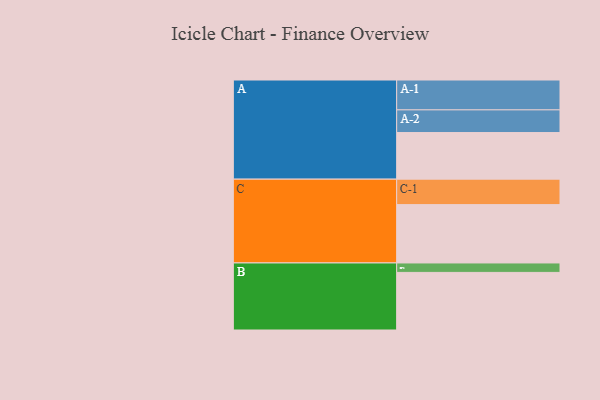
{"axis": {"x": "Segment", "y": "Value"}, "legend": ["", "A", "B", "C"], "data": [{"x": "A", "y": 370, "type": ""}, {"x": "B", "y": 457, "type": ""}, {"x": "C", "y": 463, "type": ""}, {"x": "A-1", "y": 237, "type": "A"}, {"x": "A-2", "y": 180, "type": "A"}, {"x": "B-1", "y": 75, "type": "B"}, {"x": "C-1", "y": 202, "type": "C"}]}